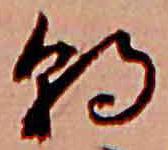
朝